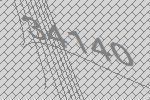
34140